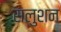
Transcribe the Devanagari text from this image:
सलुशन